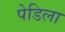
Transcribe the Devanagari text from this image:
पेडिला